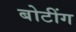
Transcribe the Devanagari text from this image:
बोटींग